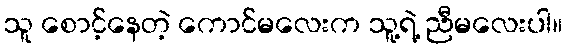
သူ စောင့်နေတဲ့ ကောင်မလေးက သူ့ရဲ့ ညီမလေးပါ။